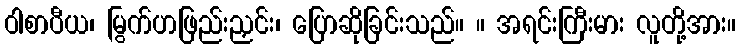
ဝါစာပီယ၊ မြွက်ဟဖြည်းညှင်း၊ ပြောဆိုခြင်းသည်။ ။ အရင်းကြီးမား လူတို့အား။